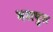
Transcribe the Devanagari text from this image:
भरापुरा